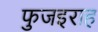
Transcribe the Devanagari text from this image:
फुजइराह